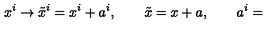
x ^ { i } \rightarrow \tilde { x } ^ { i } = x ^ { i } + a ^ { i } , \qquad \tilde { x } = x + a , \qquad a ^ { i } =